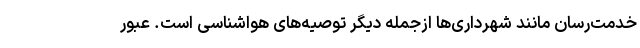
خدمت‌رسان مانند شهرداری‌ها ازجمله دیگر توصیه‌های هواشناسی است. عبور